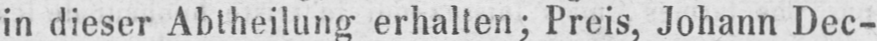
in dieser Abtheilung erhalten; Preis, Johann Dec-